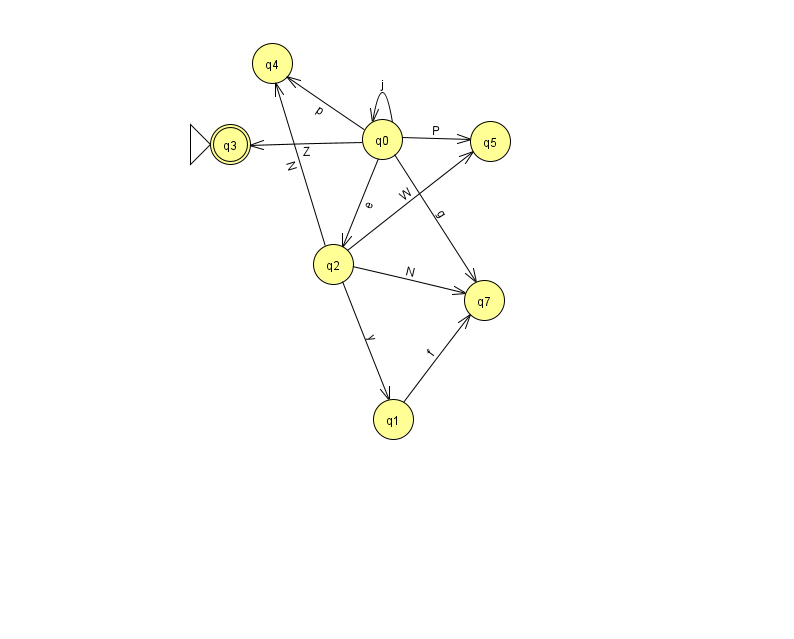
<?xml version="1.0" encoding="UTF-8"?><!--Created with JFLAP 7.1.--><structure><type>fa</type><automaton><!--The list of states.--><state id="0" name="q0"><x>382.0</x><y>126.0</y></state><state id="1" name="q1"><x>393.0</x><y>406.0</y></state><state id="2" name="q2"><x>333.0</x><y>251.0</y></state><state id="3" name="q3"><x>230.0</x><y>131.0</y><initial/><final/></state><state id="4" name="q4"><x>272.0</x><y>50.0</y></state><state id="5" name="q5"><x>490.0</x><y>128.0</y></state><state id="7" name="q7"><x>484.0</x><y>287.0</y></state><!--The list of transitions.--><transition><from>2</from><to>4</to><read>N</read></transition><transition><from>0</from><to>2</to><read>e</read></transition><transition><from>0</from><to>5</to><read>P</read></transition><transition><from>2</from><to>5</to><read>W</read></transition><transition><from>1</from><to>7</to><read>f</read></transition><transition><from>0</from><to>7</to><read>g</read></transition><transition><from>2</from><to>7</to><read>N</read></transition><transition><from>0</from><to>4</to><read>p</read></transition><transition><from>0</from><to>0</to><read>j</read></transition><transition><from>2</from><to>1</to><read>y</read></transition><transition><from>0</from><to>3</to><read>Z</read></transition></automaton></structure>